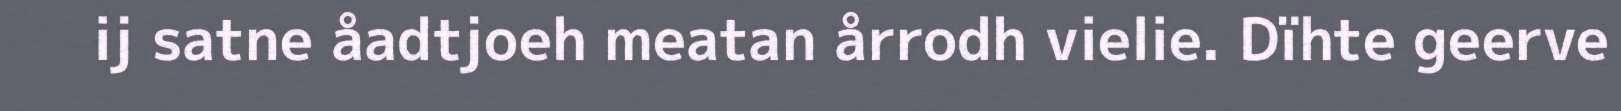
ij satne åadtjoeh meatan årrodh vielie. Dïhte geerve